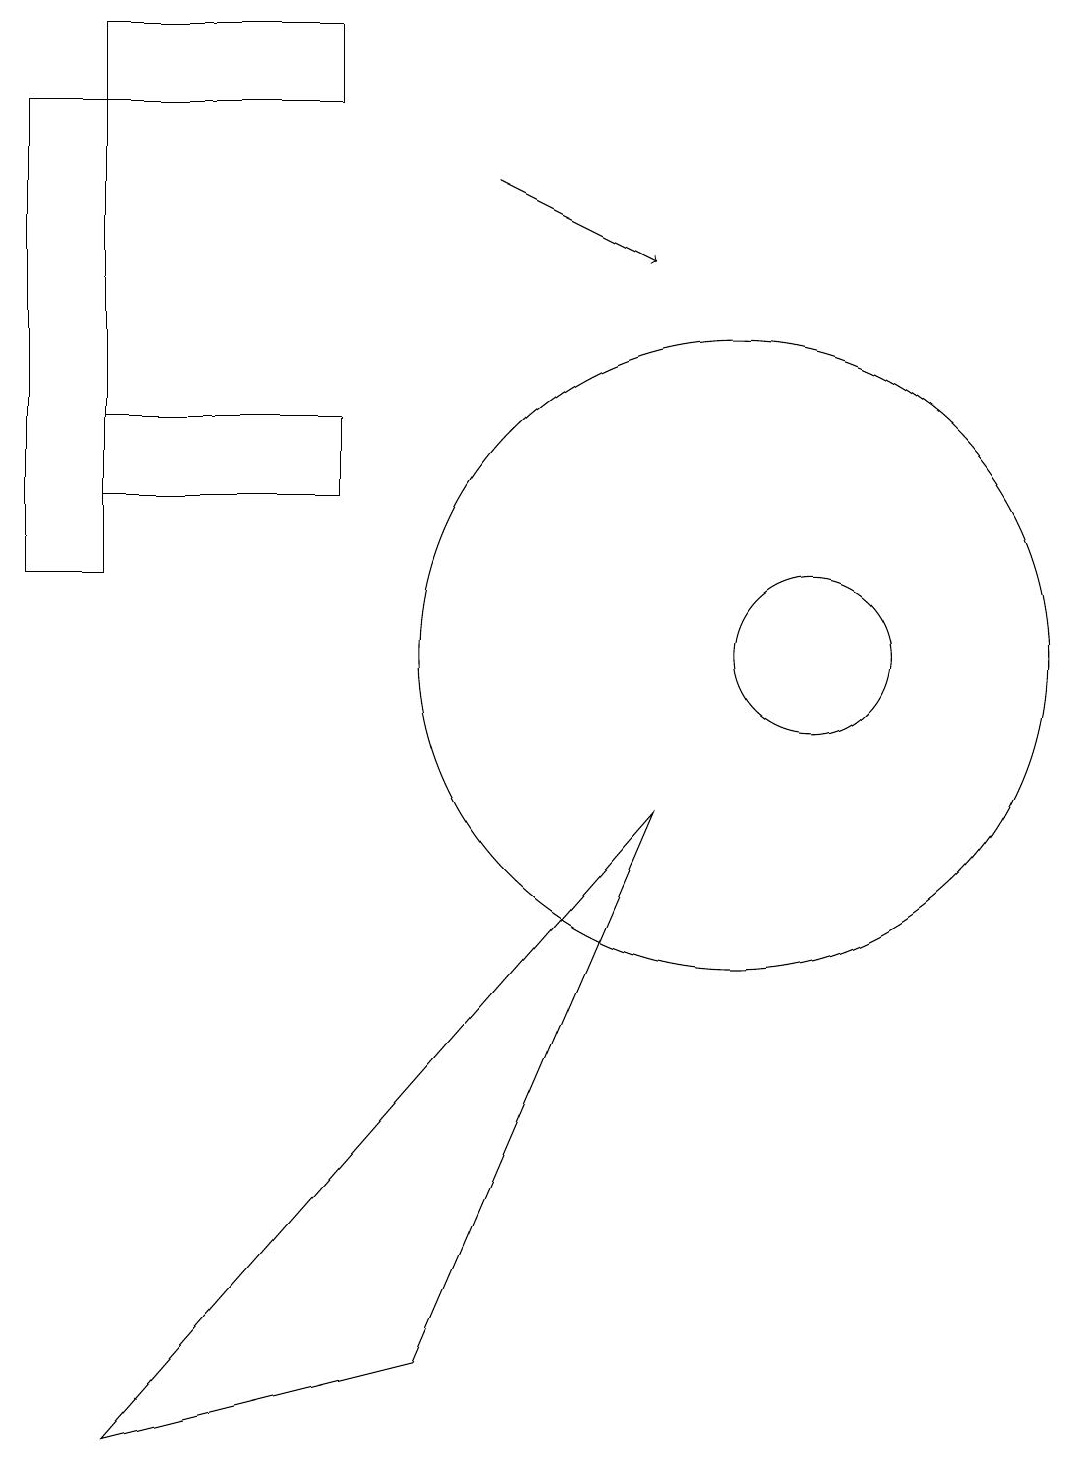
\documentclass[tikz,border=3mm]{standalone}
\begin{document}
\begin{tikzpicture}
\draw[->] (7,16) -- (9,15);
\draw (2,0) -- (9,8) -- (6,1) -- cycle;
\draw (10,10) circle (4);
\draw (5,13) rectangle (2,12);
\draw (1,11) rectangle (2,17);
\draw (2,18) rectangle (5,17);
\draw (11,10) circle (1);
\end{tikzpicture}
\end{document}